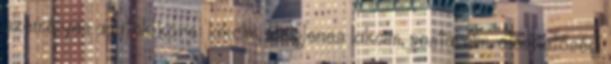
személyes adatok köre: lakcím, ideiglenes lakcím, postai cím, elérhetőségi